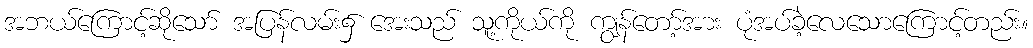
အဘယ်ကြောင့်ဆိုသော် အပြန်လမ်း၌ အေးသည် သူ့ကိုယ်ကို ကျွန်တော့်အား ပုံအပ်ခဲ့လေသောကြောင့်တည်း။